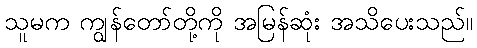
သူမက ကျွန်တော်တို့ကို အမြန်ဆုံး အသိပေးသည်။